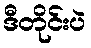
ဒီတိုင်းပဲ